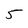
Character: 5